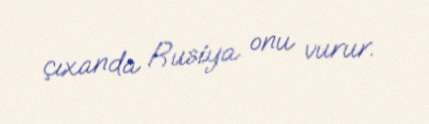
çıxanda Rusiya onu vurur.